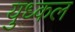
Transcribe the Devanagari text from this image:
युध्कल